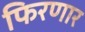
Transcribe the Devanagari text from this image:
फिरणार